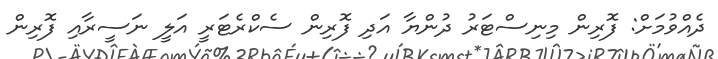
ދެއްވުމަށް: ފޮރިން މިނިސްޓަރު ދުންޔާ އަދި ފޮރިން ސެކްރެޓަރީ އަލީ ނަސީރާއި ފޮރިން